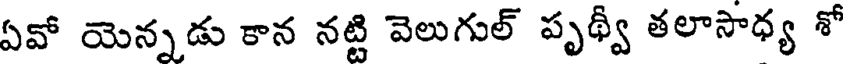
ఏవో యెన్నడు కాన నట్టి వెలుగుల్ పృథ్వీ తలాసాధ్య శో